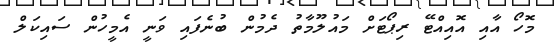
މޮހޯ އާއި އޮއިއްޓޭ ރިޕޯޓަށް މައުލޫމާތު ދެމުން ބުނެފައި ވަނީ އެމީހުން ސައިކަލް